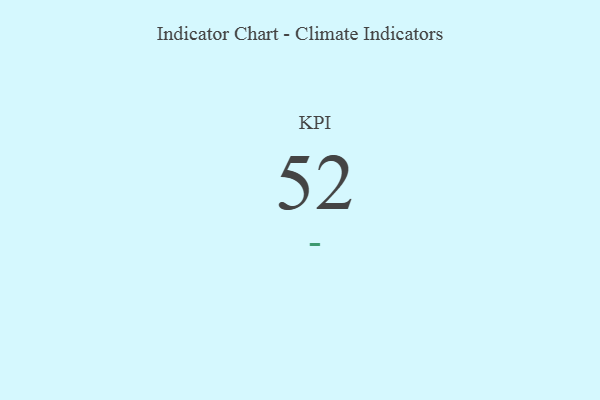
{"axis": {"x": "KPI", "y": "Value"}, "legend": [""], "data": [{"x": "KPI", "y": 52, "type": ""}]}